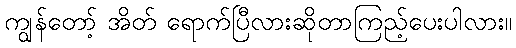
ကျွန်တော့် အိတ် ရောက်ပြီလားဆိုတာကြည့်ပေးပါလား။